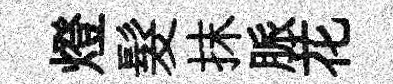
燈髮抹脈花